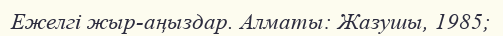
Ежелгі жыр-аңыздар. Алматы: Жазушы, 1985;